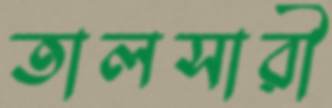
তালসারী